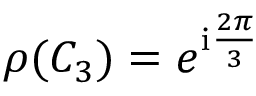
\rho ( C _ { 3 } ) = e ^ { \mathrm { i } \frac { 2 \pi } { 3 } }